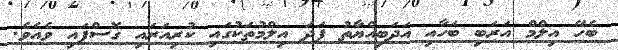
ބެހޭ އިލްމް އަރަބި ބަހާއި އަދަބިއްޔާތު ފަދަ އިލްމުތަކުގައި ކުރިއަރައި ގޮސްފައި ވެއެވެ.